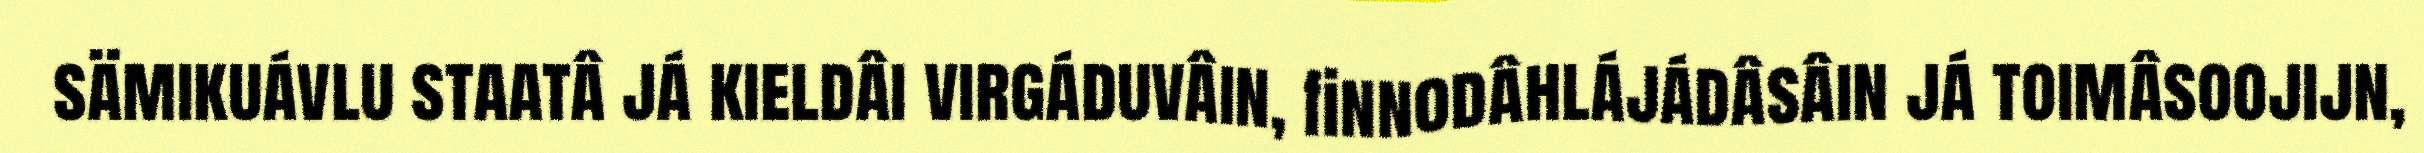
sämikuávlu staatâ já kieldâi virgáduvâin, finnodâhlájádâsâin já toimâsoojijn,